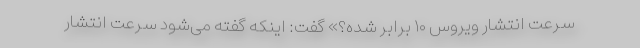
سرعت انتشار ویروس ۱۰ برابر شده؟» گفت: اینکه گفته می‌شود سرعت انتشار